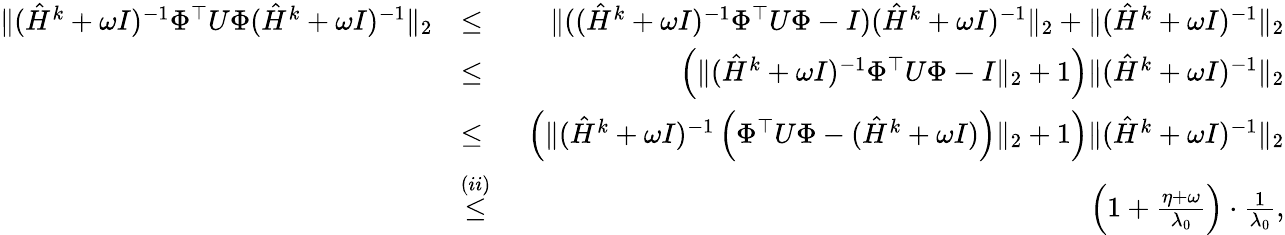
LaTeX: \begin{array}{rlr}{\| (\hat{H}^{k}+\omega I)^{-1}\Phi^{\top}U\Phi(\hat{H}^{k}+\omega I)^{-1}\| _{2}}&{\leq}&{\, \, \| ((\hat{H}^{k}+\omega I)^{-1}\Phi^{\top}U\Phi-I)(\hat{H}^{k}+\omega I)^{-1}\| _{2}+\| (\hat{H}^{k}+\omega I)^{-1}\| _{2}}\\ &{\leq}&{\, \, \left(\| (\hat{H}^{k}+\omega I)^{-1}\Phi^{\top}U\Phi-I\| _{2}+1\right)\| (\hat{H}^{k}+\omega I)^{-1}\| _{2}}\\ &{\leq}&{\, \, \left(\| (\hat{H}^{k}+\omega I)^{-1}\left(\Phi^{\top}U\Phi-(\hat{H}^{k}+\omega I)\right)\| _{2}+1\right)\| (\hat{H}^{k}+\omega I)^{-1}\| _{2}}\\ &{\overset{(ii)}{\leq}}&{\, \, \left(1+\frac{\eta+\omega}{\lambda_{0}}\right)\cdot\frac{1}{\lambda_{0}},}\end{array}